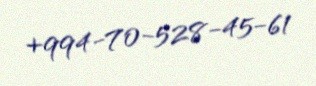
+994-70-528-45-61